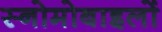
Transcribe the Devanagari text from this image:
स्नोमोबाइलों